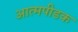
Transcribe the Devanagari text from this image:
आत्मपीडक